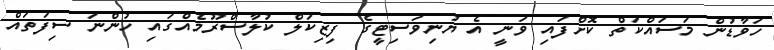
ހަވާޑުން މަސައްކަތް ކޮށްފައި ވަނީ އެ ޔުނިވަސިޓީގެ ފިޒިކަލް ކުލާސްރޫމެއްގައި ހުންނަ ސިފަތައް